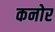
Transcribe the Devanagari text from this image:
कनोर